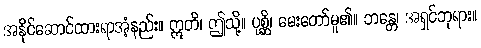
အနိုင်ဆောင်ထားရာအံ့နည်း။ ဣတိ၊ ဤသို့။ ပုစ္ဆိ၊ မေးတော်မူ၏။ ဘန္တေ၊ အရှင်ဘုရား။